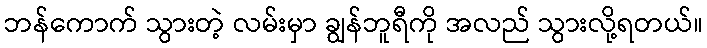
ဘန်ကောက် သွားတဲ့ လမ်းမှာ ချွန်ဘူရီကို အလည် သွားလို့ရတယ်။